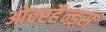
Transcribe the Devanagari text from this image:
ओवरहैन्ड्स